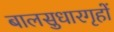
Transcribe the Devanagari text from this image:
बालसुधारगृहों